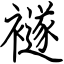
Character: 襚